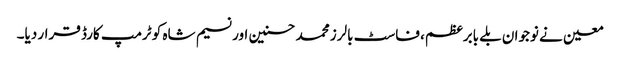
معین نے نوجوان بلے بابرعظم، فاسٹ بالرز محمد حسنین اور نسیم شاہ کو ٹرمپ کارڈ قرار دیا۔